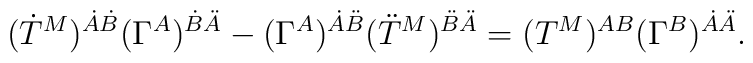
(\dot T^M)^{\dot A\dot B} (\Gamma^A)^{\dot B\ddot A} -(\Gamma^A)^{\dot A\ddot B} (\ddot T^M)^{\ddot B\ddot A} = (T^M)^{AB}(\Gamma^B)^{\dot A\ddot A}.